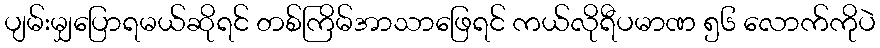
ပျမ်းမျှပြောရမယ်ဆိုရင် တစ်ကြိမ်အာသာဖြေရင် ကယ်လိုရီပမာဏ ၅၆ လောက်ကိုပဲ